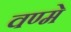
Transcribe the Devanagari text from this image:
वण्मे